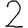
Digit: 2